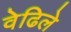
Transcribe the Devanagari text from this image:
वेढिले